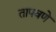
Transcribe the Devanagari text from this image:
तापवणे